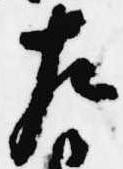
左